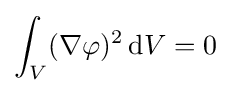
\int _{V}(\mathbf {\nabla } \varphi )^{2}\,\mathrm {d} V=0